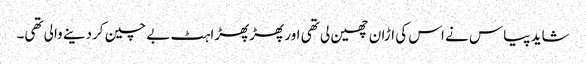
شاید پیاس نے اس کی اڑان چھین لی تھی اور پھڑپھڑاہٹ بے چین کردینے والی تھی۔